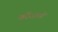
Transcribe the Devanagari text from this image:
करें।अपने